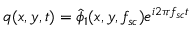
q ( x , y , t ) = \hat { \phi } _ { 1 } ( x , y , f _ { s c } ) e ^ { i 2 \pi f _ { s c } t }